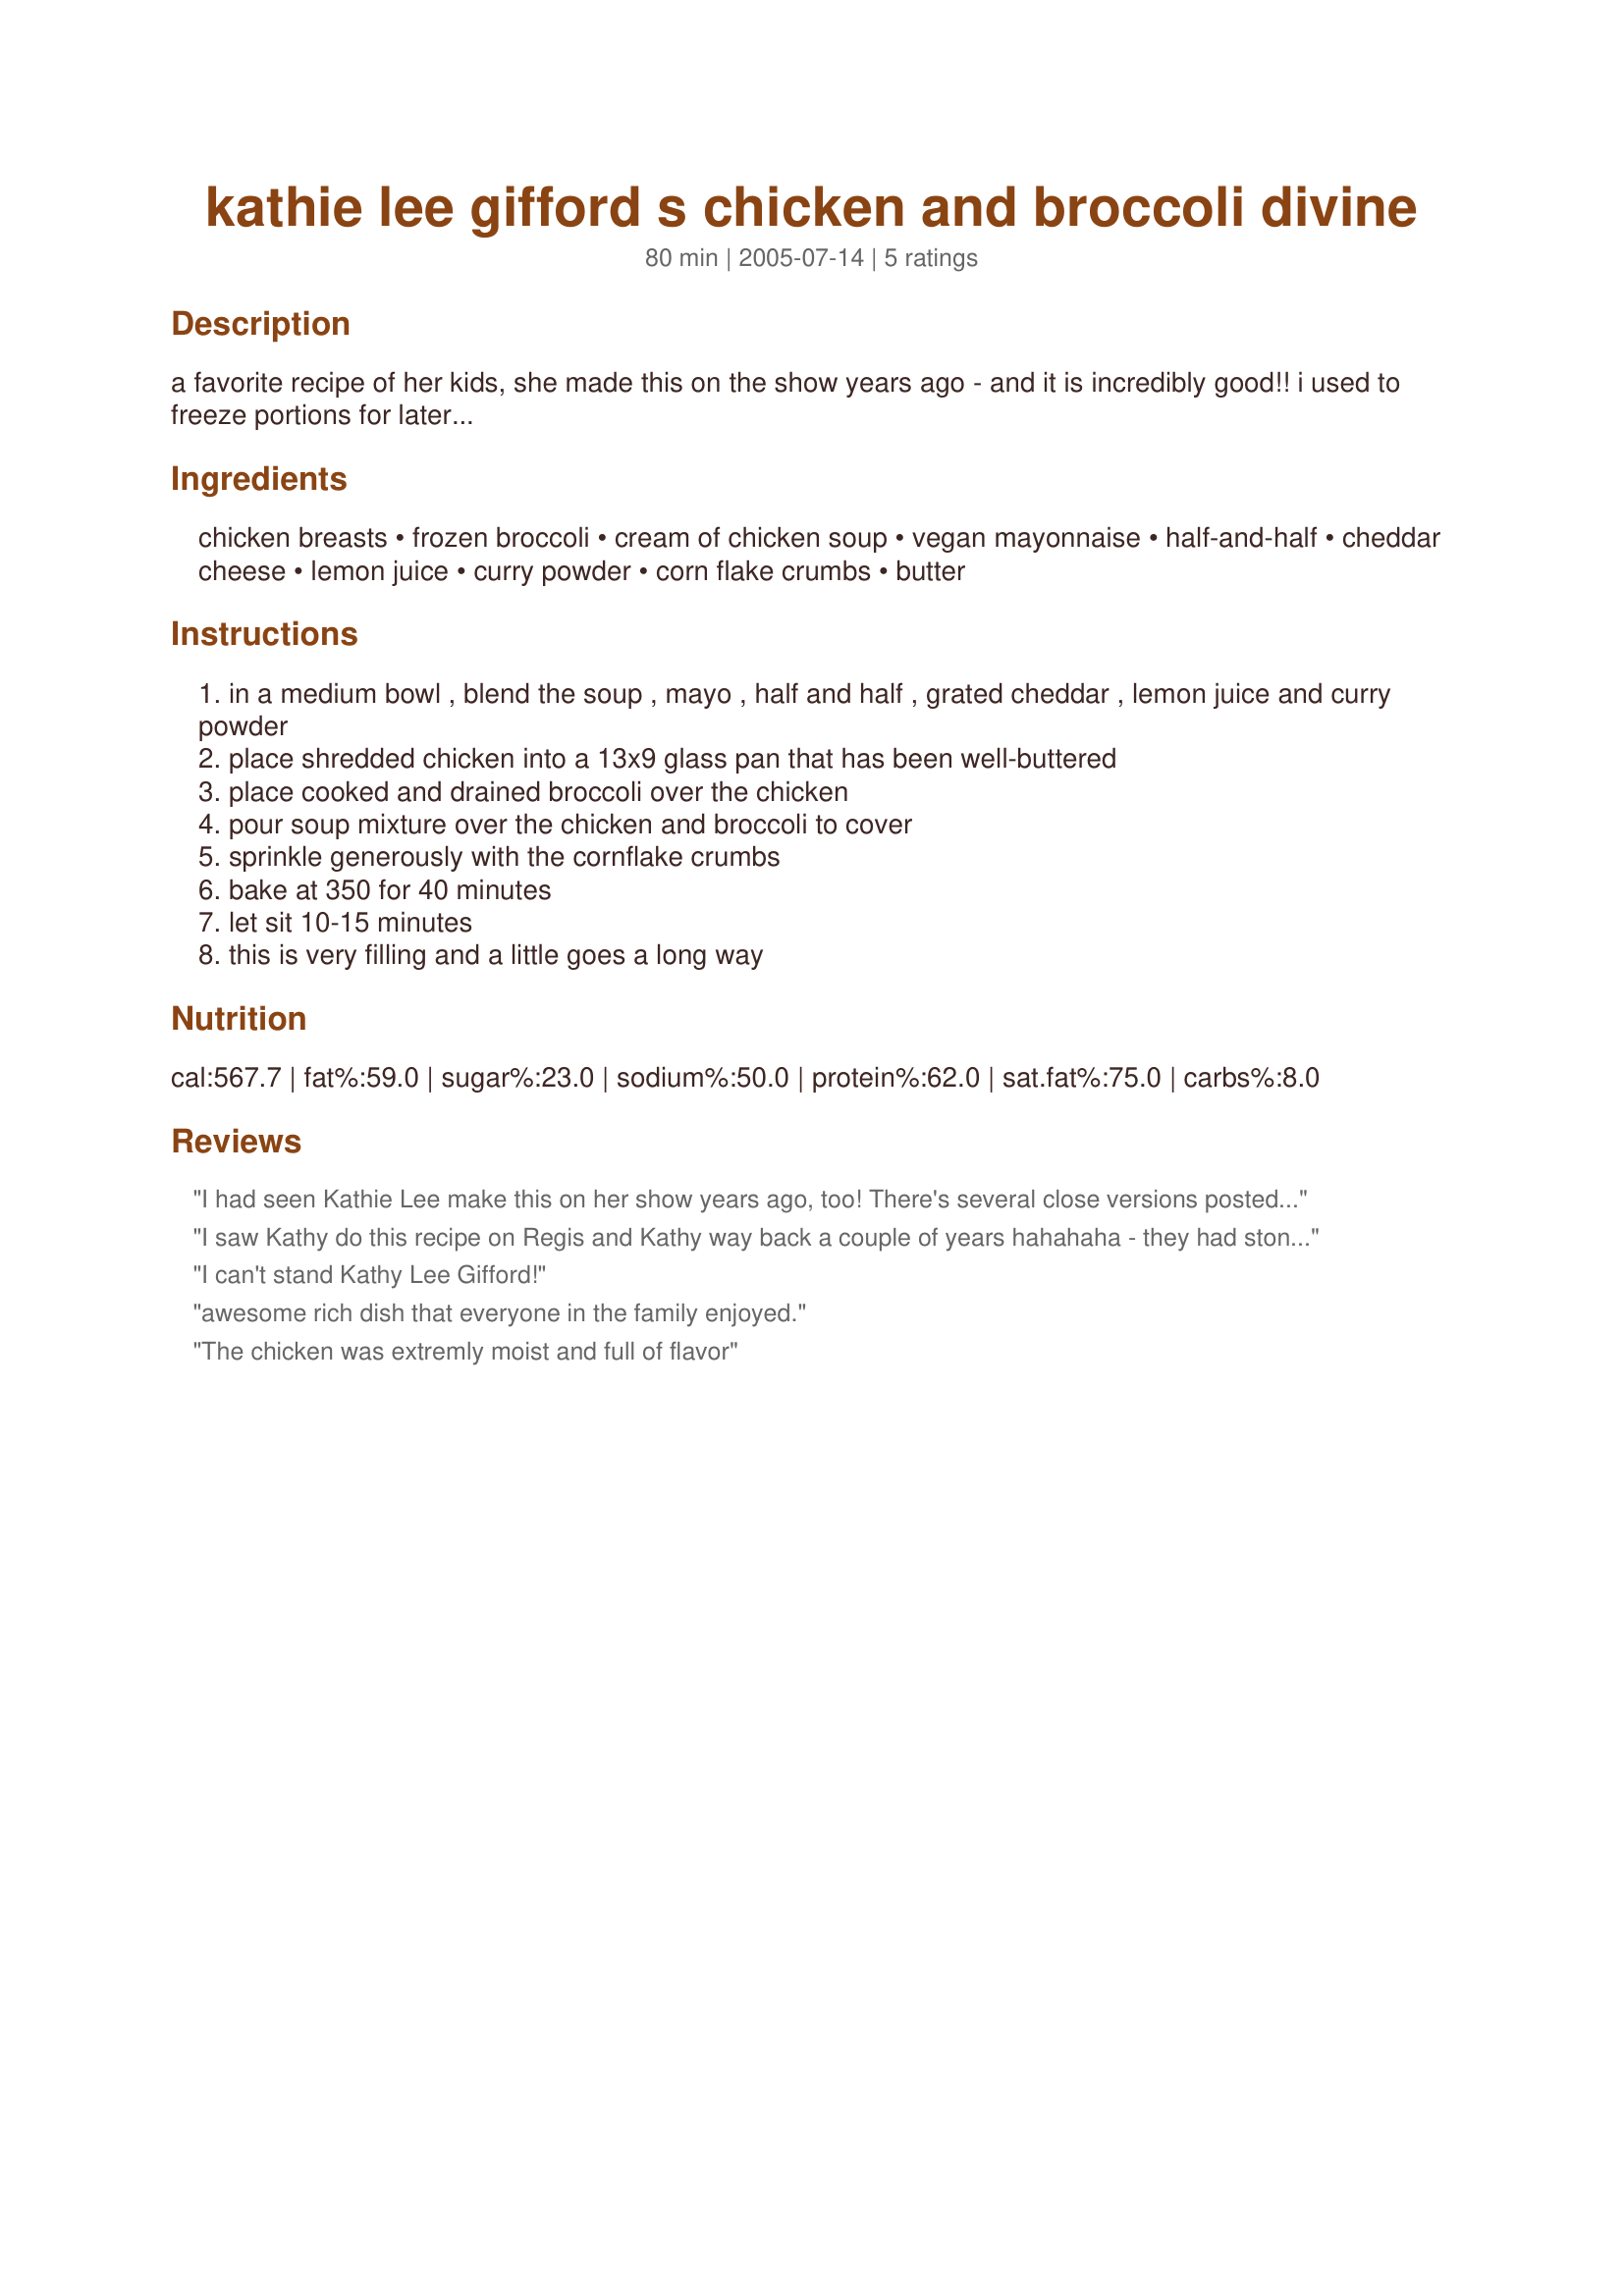
kathie lee gifford s chicken and broccoli divine
Preparation time: 80 minutes

a favorite recipe of her kids, she made this on the show years ago - and it is incredibly good!! i used to freeze portions for later...

Ingredients:
chicken breasts, frozen broccoli, cream of chicken soup, vegan mayonnaise, half-and-half, cheddar cheese, lemon juice, curry powder, corn flake crumbs, butter

Steps:
in a medium bowl , blend the soup , mayo , half and half , grated cheddar , lemon juice and curry powder
place shredded chicken into a 13x9 glass pan that has been well-buttered
place cooked and drained broccoli over the chicken
pour soup mixture over the chicken and broccoli to cover
sprinkle generously with the cornflake crumbs
bake at 350 for 40 minutes
let sit 10-15 minutes
this is very filling and a little goes a long way

Reviews:
I had seen Kathie Lee make this on her show years ago, too! There's several close versions posted on Zaar, but this one dillutes the cream soup with half and half. I liked that it made it more saucey. We served over long grained rice. The kids enjoyed it, too.

Roxygirl
I saw Kathy do this recipe on Regis and Kathy way back a couple of years hahahaha - they had stones back then Even the Rolling Stones - Oh well - and I made it - and it was divine. and so is this one. Thank you for the recipe Carrie Sheridan
I can't stand Kathy Lee Gifford!
awesome rich dish that everyone in the family enjoyed.
The chicken was extremly moist and full of flavor
